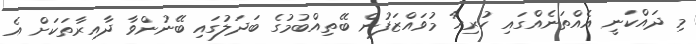
މި ދައްކަނީ އެއްތަނެއްގައި ހުރިހާ މުވައްޒަފުން ބޭތިއްބުމުގެ ބަދަލުގައި ބޭނުންވާ ދާއިރާތަކަށް އެ